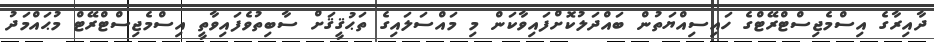
ދާއިރާގެ އިސްމެޖިސްޓްރޭޓްގެ ހައިސިއްޔަތުން ބައްދަލުކޮށްފައިވާކަން މި މައްސަލައިގެ ތަޙުޤީޤަށް ސާބިތުވެފައިވާތީ އިސްމެޖިސްޓްރޭޓް މުޙައްމަދު